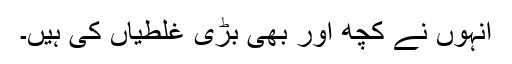
انہوں نے کچھ اور بھی بڑی غلطیاں کی ہیں۔